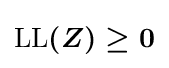
{\boldsymbol {{\text{LL}}(Z)\geq 0}}